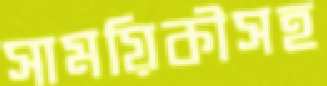
সাময়িকীসহ